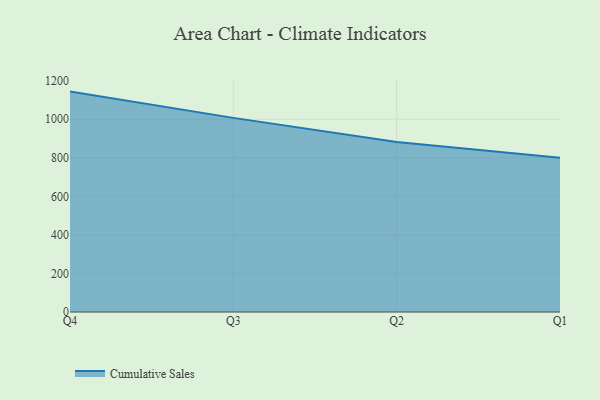
{"axis": {"x": "Quarter", "y": "Shipments"}, "legend": ["Cumulative Sales"], "data": [{"x": "Q4", "y": 1143.3, "type": "Cumulative Sales"}, {"x": "Q3", "y": 1007.0, "type": "Cumulative Sales"}, {"x": "Q2", "y": 882.2, "type": "Cumulative Sales"}, {"x": "Q1", "y": 800, "type": "Cumulative Sales"}]}